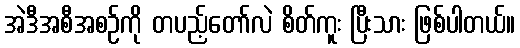
အဲဒီအစီအစဉ်ကို တပည့်တော်လဲ စိတ်ကူး ပြီးသား ဖြစ်ပါတယ်။